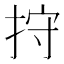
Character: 𢬇